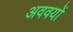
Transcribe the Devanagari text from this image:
अववयों